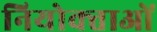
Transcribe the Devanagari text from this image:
नियोक्‍ताओं